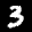
Label: 3